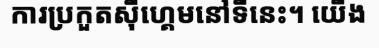
ការប្រកួតស៊ីហ្គេមនៅទីនេះ។ យើង